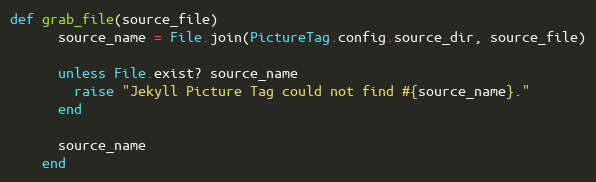
Language: Ruby
def grab_file(source_file)
      source_name = File.join(PictureTag.config.source_dir, source_file)

      unless File.exist? source_name
        raise "Jekyll Picture Tag could not find #{source_name}."
      end

      source_name
    end